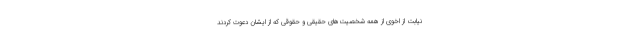
نیابت از اخوی از همه شخصیت‌های حقیقی و حقوقی که از ایشان دعوت کردند